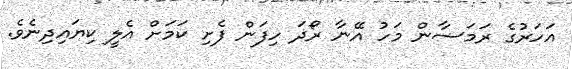
އަހަރުގެ ރަމަޟާން މަހު އޭނާ ރޯދަ ހިފަން ފެށި ކަމަށް އެލީ ކިޔައިދިނެވެ.